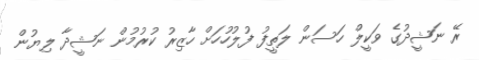
ރޭ ނަޝީދުގެ ވަކީލް ހަސަން ލަތީފު ފުލުހުހަށް ހާޒިރު ކުރުމުން ނަޝީދާ ލިޔުން